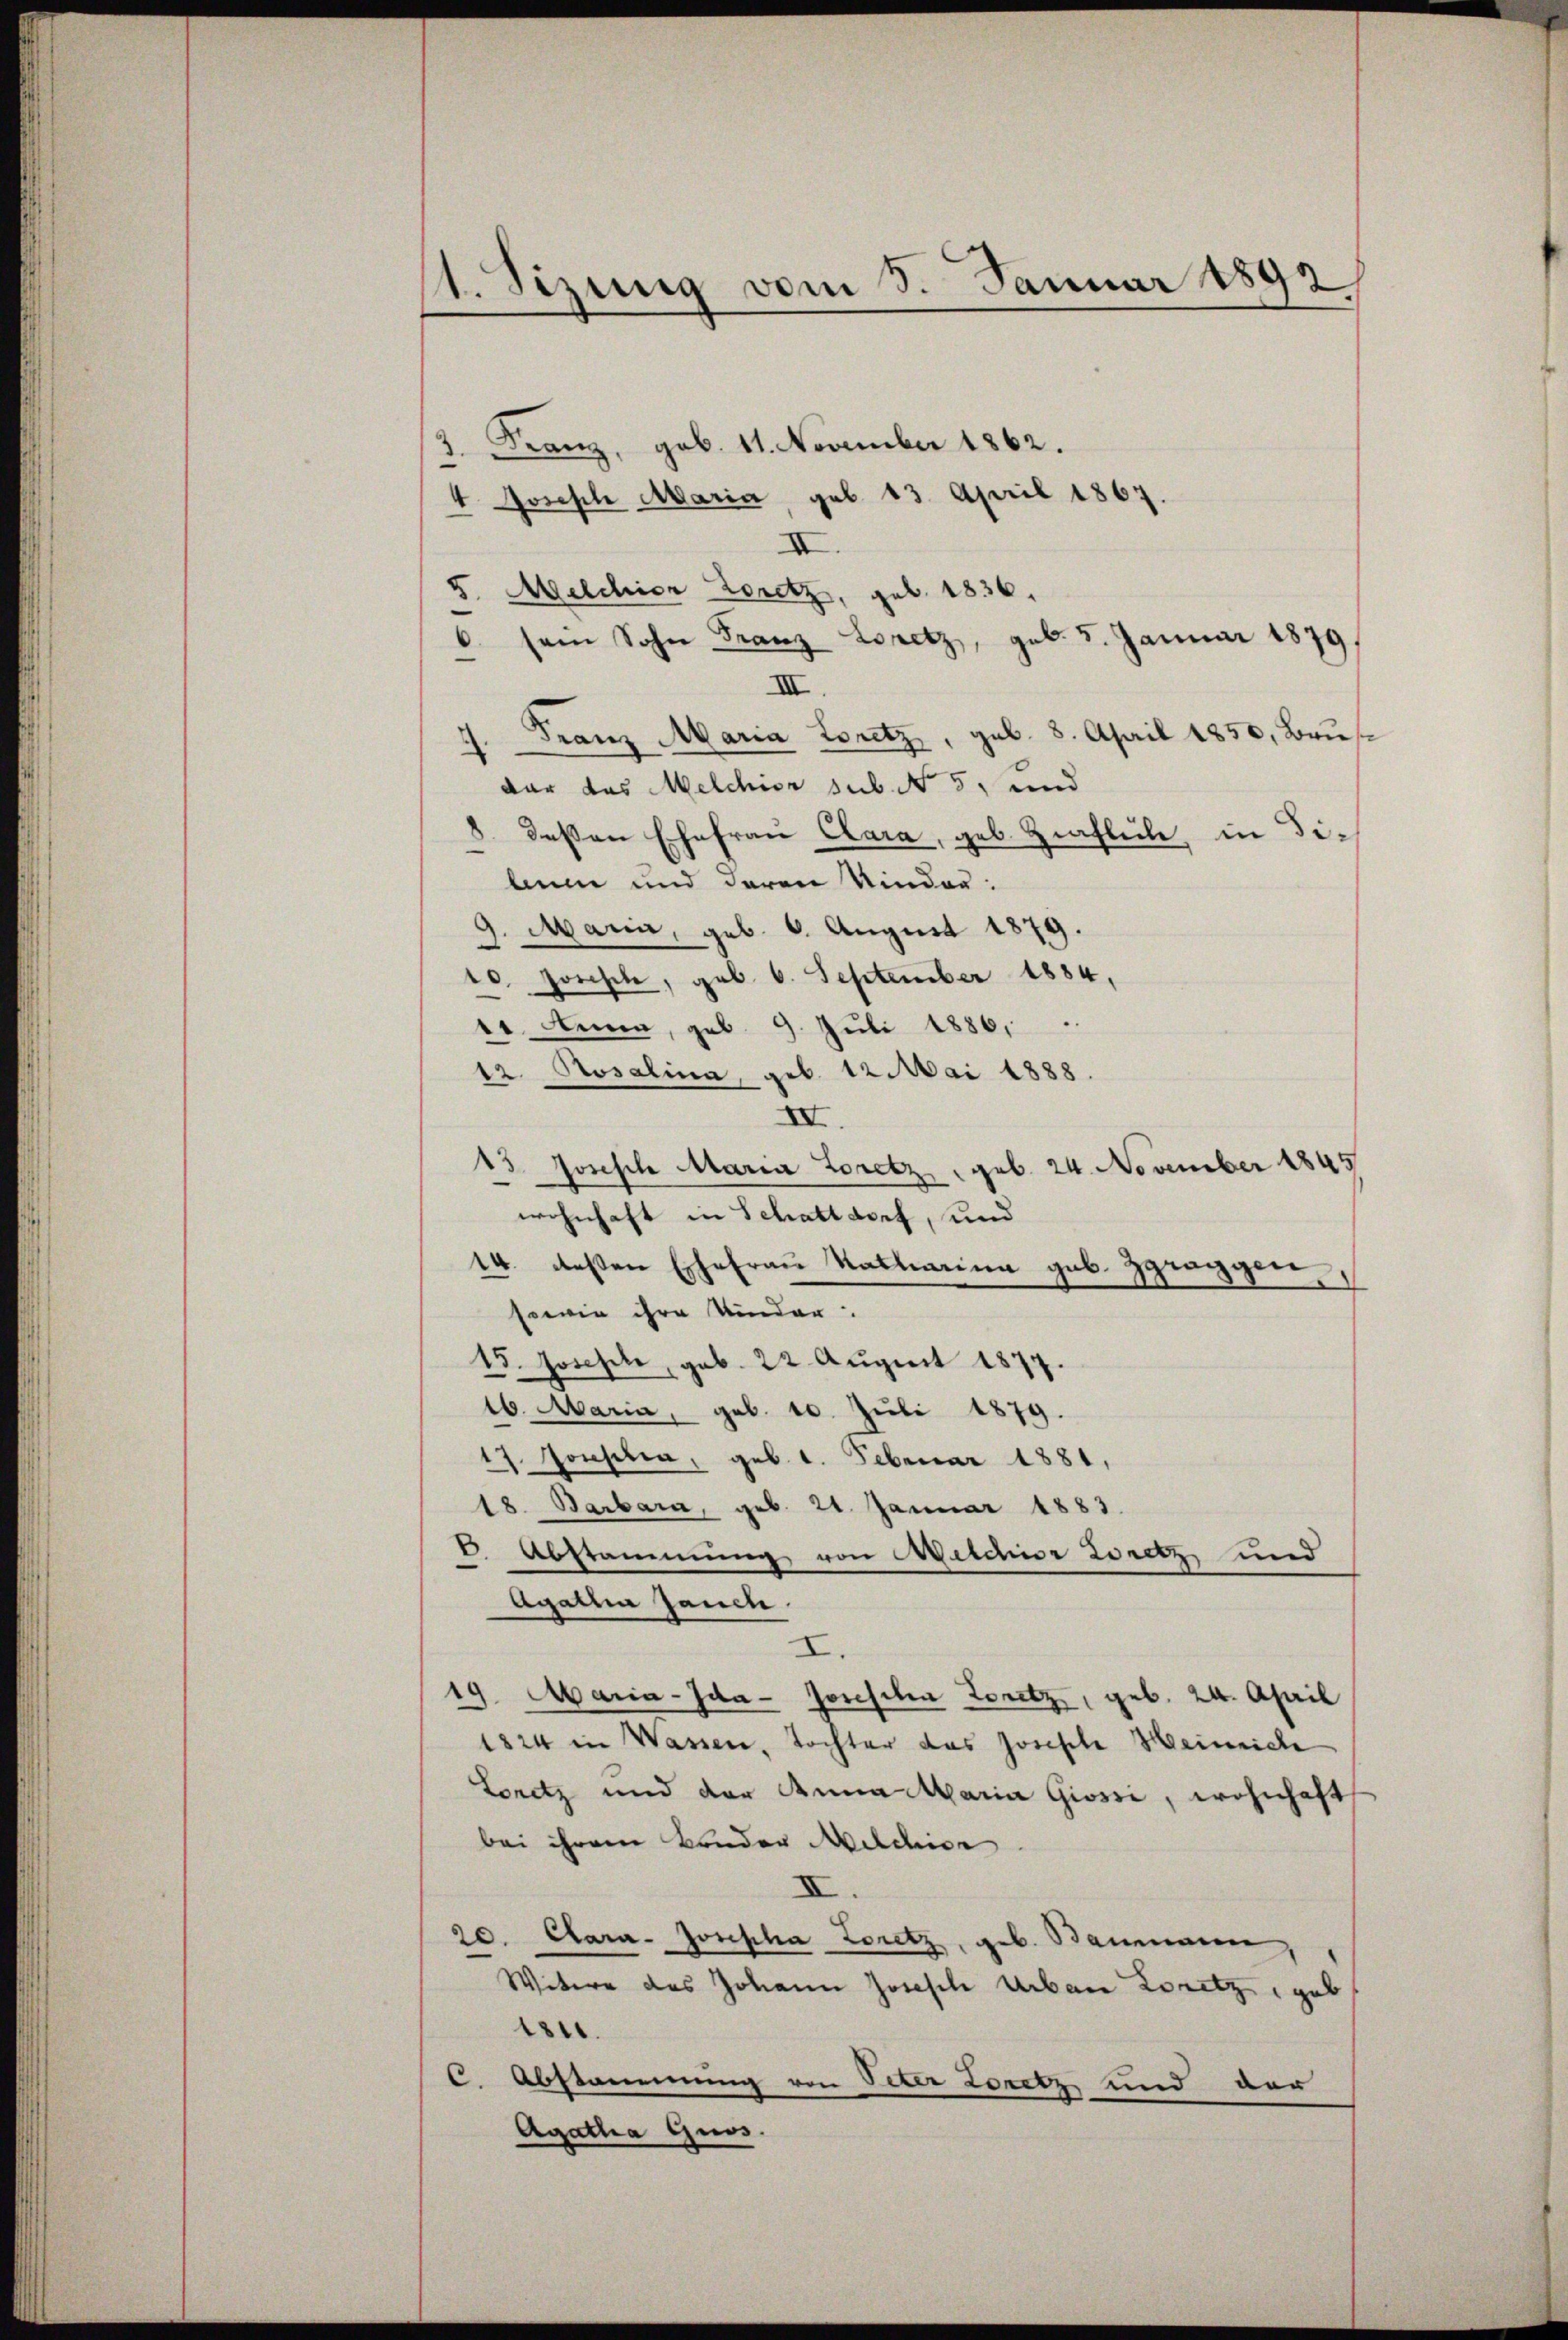
1. Sizung vom 3. Januar 1892

1. Franz, geb. 11. November 1862.
4. Joseph Maria, geb. 13. April 1867.
XI
5. Melchior Loretz, geb. 1836.
6. sein Sohn Franz Loretz, geb. 5. Januar 1879,
III
.
Franz Maria Loretz, geb. 8. April 1850, Brus
dar das Melchior sub No. 5, und
8. deßen Ehefrau Clara, geb. Zipflich, in Dibinne und deren Kinder.
9. Maria, geb. 6. August 1879.
10. Jorische, geb. 6. September 1884,
11. Anna, geb. 9. Juli 1886,
12 Rosalina, geb. 12 Mai 1888.
III.
13. Joseph Maria Loretz geb. 24. November 1845
wohnhaft in Schattdorf, und
14. deßen Ehefrau Katharina geb. Zgraggen
sowie ihre Kinder
15. Joseph, geb. 22 August 1877.
16. Maria, geb. 10. Juli 1879.
17. Consilia, geb. 1. Februar 1881,
18. Barbara, geb. 21. Januar 1883.
6 Abstammung von Welchior Loretz und
Agatha Jauch
I.
19. Maria- Ida - Josescha Loretz, geb. 24. April
1824 in Wassen, Tochter das Joseph Heinrich
Loritz und der Anna Maria Giossi, wohnhaft
bei ihrem Bonder Milchior
XI.
20. Clara- Josepha Loretz, geb. Bannern,
Witere des Johann Joseph Urban Loretz, geb
184.
C. Abstammung von Peter Loretz und der
Agatha Guos.